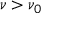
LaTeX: \nu > \nu _ { 0 }